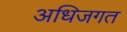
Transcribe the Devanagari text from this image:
अधिजगत